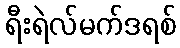
ရီးရဲလ်မက်ဒရစ်